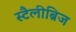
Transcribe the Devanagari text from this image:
स्टैलीब्रिज